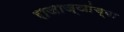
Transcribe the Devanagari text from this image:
राजाज्ञांच्या